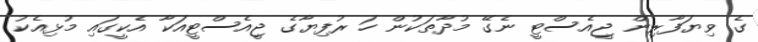
ގެ ވިޔަފާރިން ޖީއެސްޓީ ނެގޭ މުދާތަކުން ހަ ރުފިޔާގެ ޖީއެސްޓީއަކާ އެކީގައި މުޅިއެކު